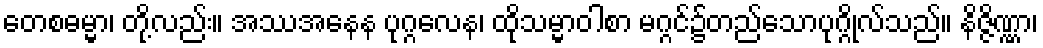
တေစဓမ္မာ၊ တို့လည်း။ အဿအနေန ပုဂ္ဂလေန၊ ထိုသမ္မာဝါစာ မဂ္ဂင်၌တည်သောပုဂ္ဂိုလ်သည်။ နိဇ္ဇိဏ္ဏာ၊